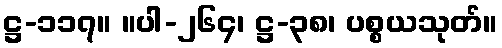
ဋ္ဌ-၁၁၇။ ။ပါ-၂၆၄၊ ဋ္ဌ-၃၈၊ ပစ္စယသုတ်။